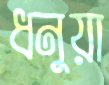
ধনুয়া